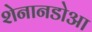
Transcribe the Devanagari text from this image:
शेनानडोआ